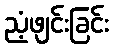
ညံ့ဖျင်းခြင်း